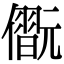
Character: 𠐢